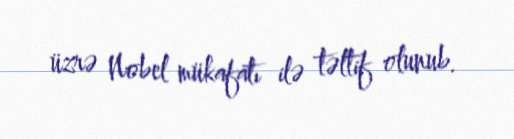
üzrə Nobel mükafatı ilə təltif olunub.